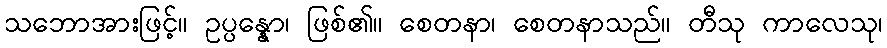
သဘောအားဖြင့်။ ဥပ္ပန္နော၊ ဖြစ်၏။ စေတနာ၊ စေတနာသည်။ တီသု ကာလေသု၊